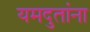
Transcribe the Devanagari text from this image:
यमदुतांना